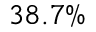
3 8 . 7 \%